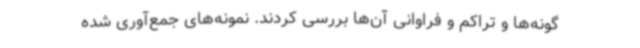
گونه‌ها و تراکم و فراوانی آن‌ها بررسی کردند. نمونه‌های جمع‌آوری شده